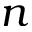
n